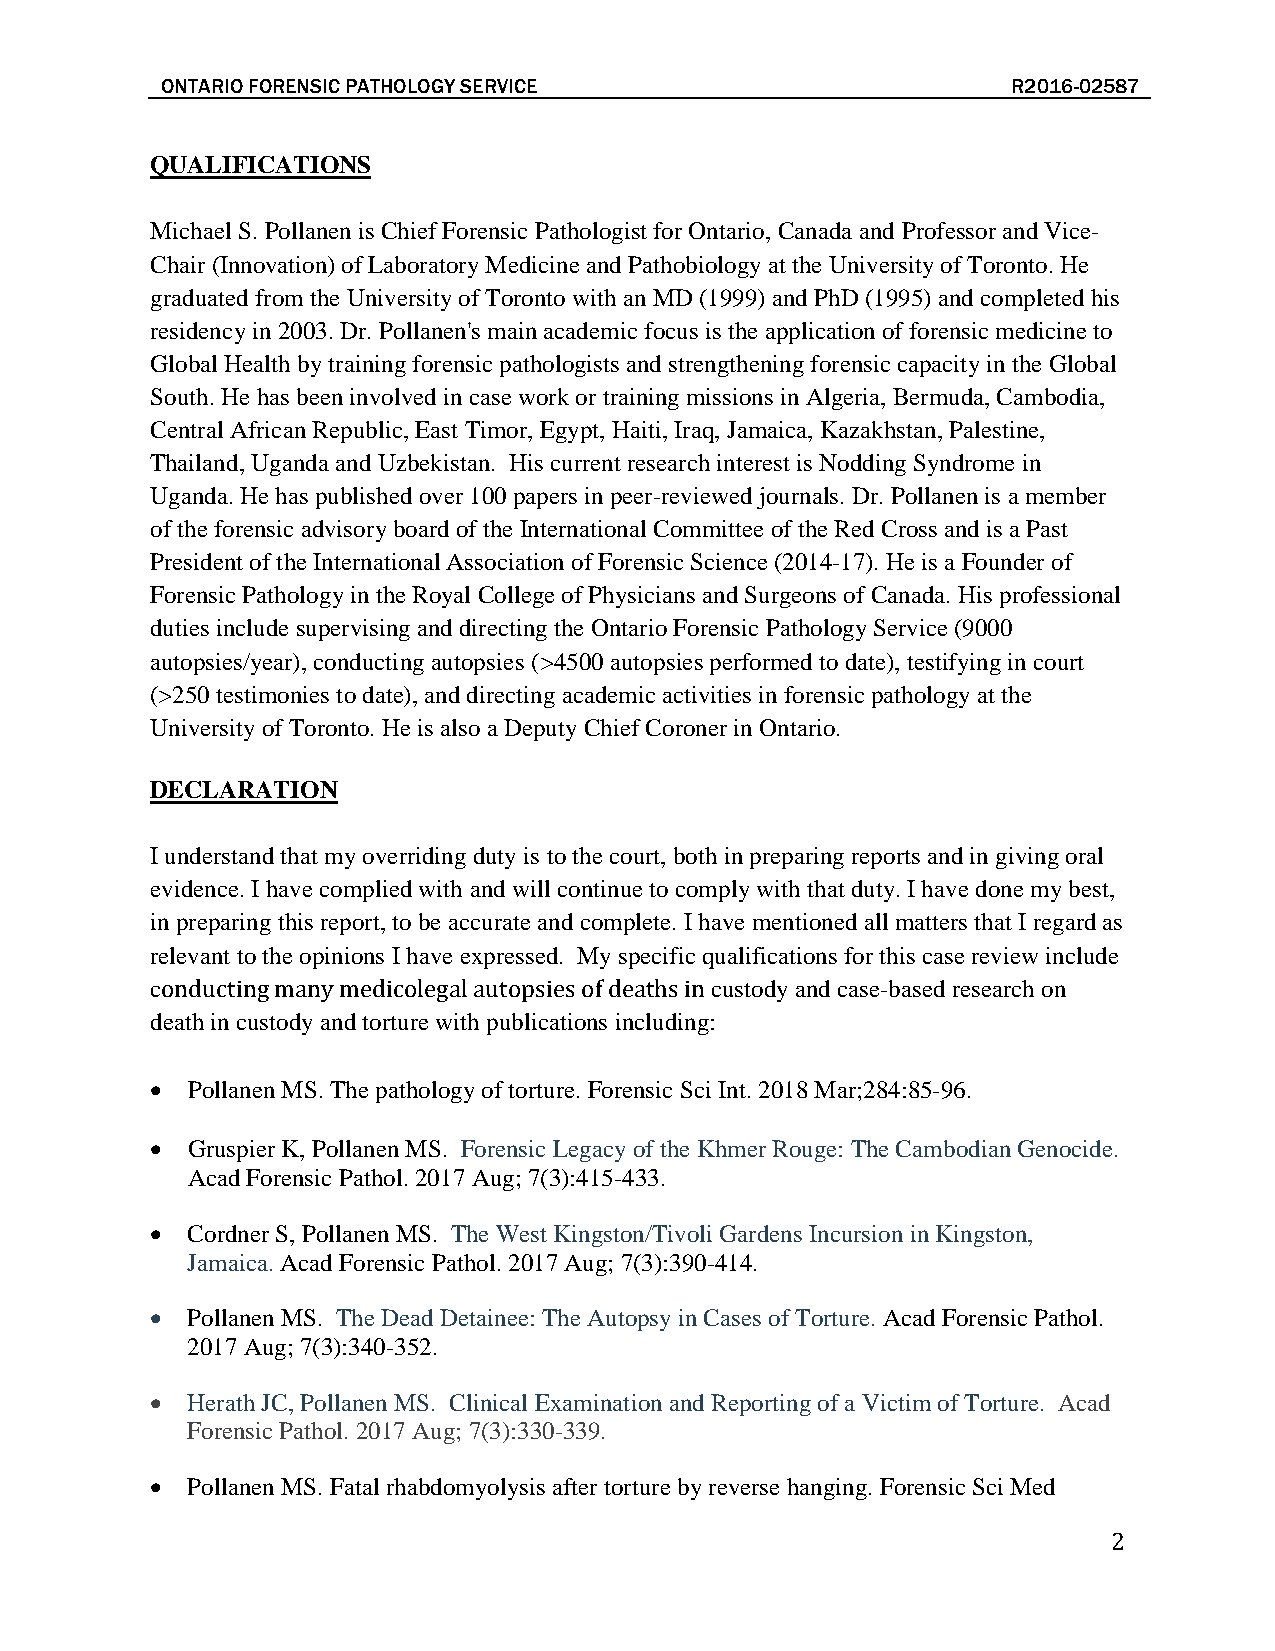
ONTARIO FORENSIC PATHOLOGY SERVICE                      R2016-02587
 QUALIFICATIONS
 Michael S. Pollanen is Chief Forensic Pathologist for Ontario, Canada and Professor and Vice-
 Chair (Innovation) of Laboratory Medicine and Pathobiology at the University of Toronto. He
 graduated from the University of Toronto with an MD (1999) and PhD (1995) and completed his
 residency in 2003. Dr. Pollanen's main academic focus is the application of forensic medicine to
 Global Health by training forensic pathologists and strengthening forensic capacity in the Global
 South. He has been involved in case work or training missions in Algeria, Bermuda, Cambodia,
 Central African Republic, East Timor, Egypt, Haiti, Iraq, Jamaica, Kazakhstan, Palestine,
 Thailand, Uganda and Uzbekistan. His current research interest is Nodding Syndrome in
 Uganda. He has published over 100 papers in peer-reviewed journals. Dr. Pollanen is a member
 of the forensic advisory board of the International Committee of the Red Cross and is a Past
 President of the International Association of Forensic Science (2014-17). He is a Founder of
 Forensic Pathology in the Royal College of Physicians and Surgeons of Canada. His professional
 duties include supervising and directing the Ontario Forensic Pathology Service (9000
 autopsies/year), conducting autopsies (>4500 autopsies performed to date), testifying in court
 (>250 testimonies to date), and directing academic activities in forensic pathology at the
 University of Toronto. He is also a Deputy Chief Coroner in Ontario.
 DECLARATION
 I understand that my overriding duty is to the court, both in preparing reports and in giving oral
 evidence. I have complied with and will continue to comply with that duty. I have done my best,
 in preparing this report, to be accurate and complete. I have mentioned all matters that I regard as
 relevant to the opinions I have expressed. My specific qualifications for this case review include
 c                                    custody and case-based research on
 death in custody and torture with publications including:
 onducting many medicolegal autopsies of deaths in
 • Pollanen MS. The pathology of torture. Forensic Sci Int. 2018 Mar;284:85-96.
 • Gruspier K, Pollanen MS. Forensic Legacy of the Khmer Rouge: The Cambodian Genocide.
 Acad Forensic Pathol. 2017 Aug; 7(3):415-433.
 • Cordner S, Pollanen MS. The West Kingston/Tivoli Gardens Incursion in Kingston,
 Jamaica. Acad Forensic Pathol. 2017 Aug; 7(3):390-414.
 • Pollanen MS. The Dead Detainee: The Autopsy in Cases of Torture. Acad Forensic Pathol.
 2017 Aug; 7(3):340-352.
 • Herath JC, Pollanen MS. Clinical Examination and Reporting of a Victim of Torture. Acad
 Forensic Pathol. 2017 Aug; 7(3):330-339.
 • Pollanen MS. Fatal rhabdomyolysis after torture by reverse hanging. Forensic Sci Med
 2